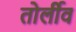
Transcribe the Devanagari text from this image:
तोर्लीव